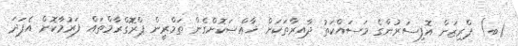
(ބ) ޕްރިޒަން އޮފިސަރުންގެ މަސައްކަތު ދާއިރާތަކަށް ޚާއްޞަކޮށްގެން ތަމްރީން ޕްރޮގްރާމްތައް ފަރުމާކޮށް އެފަދަ